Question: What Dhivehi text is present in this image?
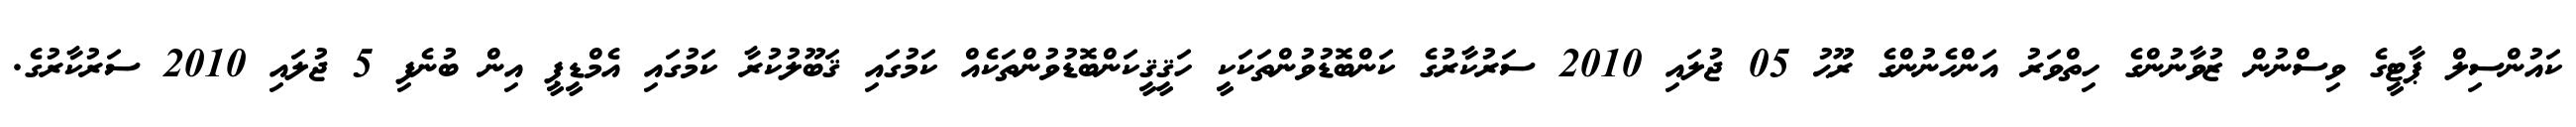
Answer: ކައުންސިލް ޕާޓީގެ ވިސްނުން ޒުވާނުންގެ ހިތްވަރު އަންހެނުންގެ ރޫޙު 05 ޖުލައި 2010 ސަރުކާރުގެ ކަންބޮޑުވުންތަކަކީ ހަޤީޤީކަންބޮޑުވުންތަކެއް ކަމުގައި ޤަބޫލުކުރާ ކަމުގައި އެމްޑީޕީ އިން ބުނެފި 5 ޖުލައި 2010 ސަރުކާރުގެ.